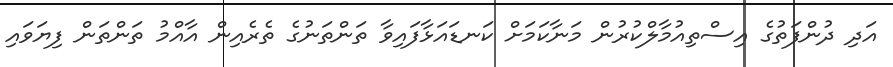
އަދި ދުންފަތުގެ އިސްތިއުމާލްކުރުން މަނާކަމަށް ކަނޑައަޅާފައިވާ ތަންތަނުގެ ތެރެއިން އާއްމު ތަންތަން ފިޔަވައި